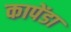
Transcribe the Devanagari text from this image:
कापेंडा